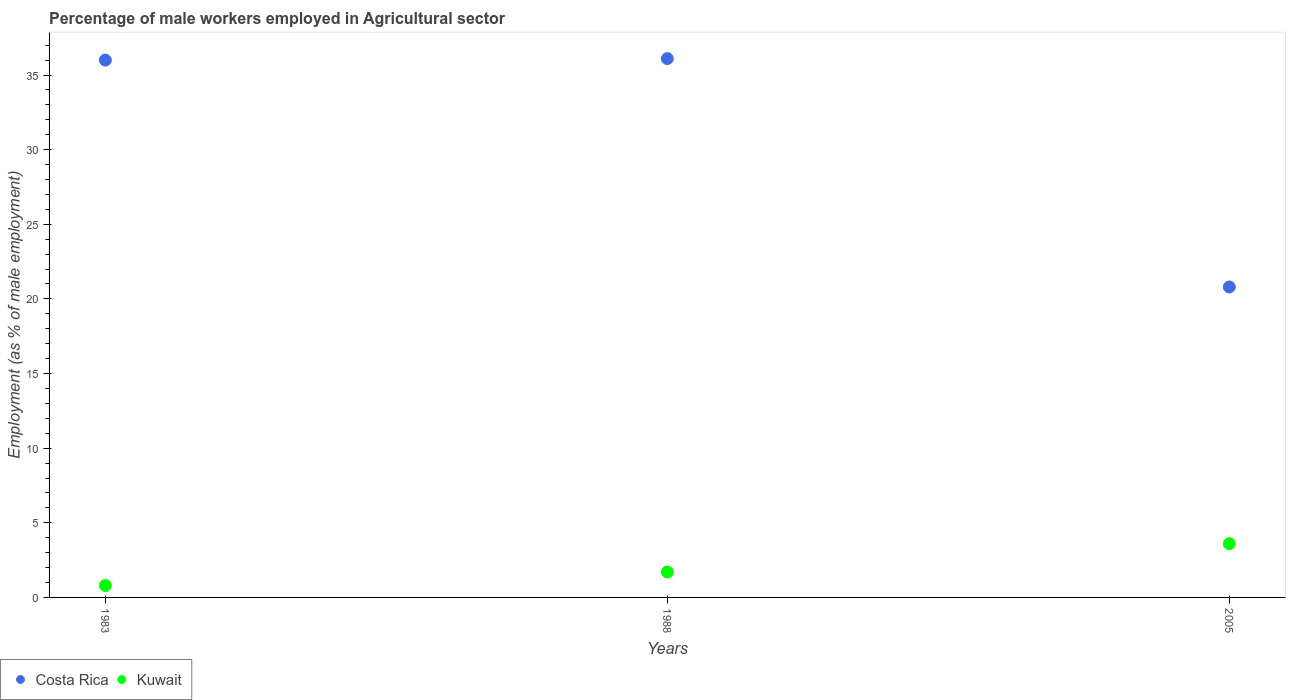
| Years | Costa Rica | Kuwait |
 | --- | --- | --- |
 | 1983 | 36 | 0.8 |
 | 1988 | 36.1 | 1.7 |
 | 2005 | 20.8 | 3.6 |